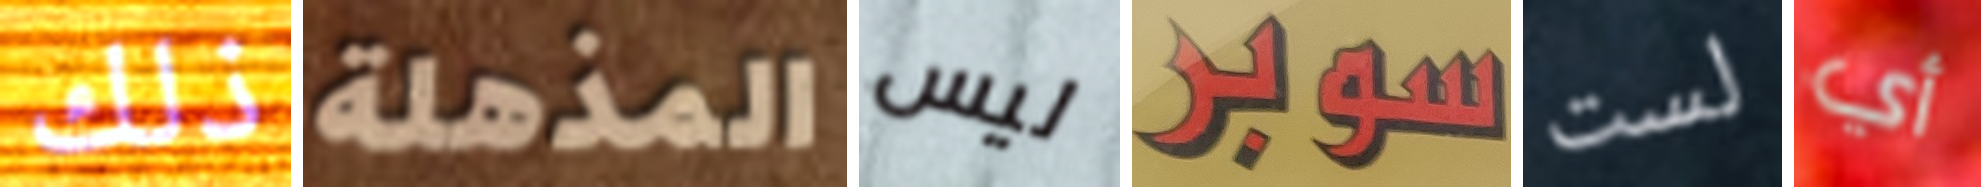
ذلك المذهلة ليس سوبر لست أي